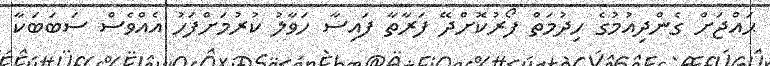
ޙައްޖަށް ގެންދިއުމުގެ ހިދުމަތް ފޯރުކޮށްދޭ ފަރާތާ ފައިސާ ހަވާލު ކުރުމަށްފަހު އެއްވެސް ސަބަބަކާ